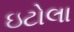
ઇટોલા